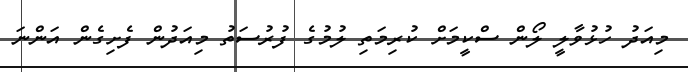
މިއަދު ހުޅުވާލީ ލޯން ސްކީމަށް ކުރިމަތި ލުމުގެ ފުރުސަތު މިއަދުން ފެށިގެން އަންނަ